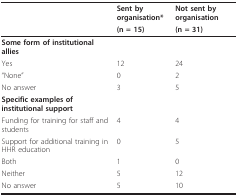
<table><thead><tr><td></td><td><b>Sent by organisation*</b></td><td><b>Not sent by organisation</b></td></tr><tr><td></td><td><b>(n = 15)</b></td><td><b>(n = 31)</b></td></tr></thead><tbody><tr><td><b>Some form of institutional allies</b></td><td></td><td></td></tr><tr><td>Yes</td><td>12</td><td>24</td></tr><tr><td>&quot;None&quot;</td><td>0</td><td>2</td></tr><tr><td>No answer</td><td>3</td><td>5</td></tr><tr><td><b>Specific examples of institutional support</b></td><td></td><td></td></tr><tr><td>Funding for training for staff and students</td><td>4</td><td>4</td></tr><tr><td>Support for additional training in HHR education</td><td>0</td><td>5</td></tr><tr><td>Both</td><td>1</td><td>0</td></tr><tr><td>Neither</td><td>5</td><td>12</td></tr><tr><td>No answer</td><td>5</td><td>10</td></tr></tbody></table>